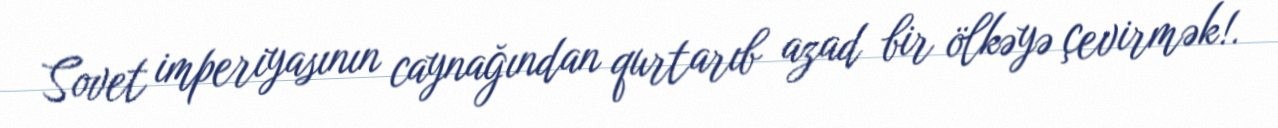
Sovet imperiyasının caynağından qurtarıb azad bir ölkəyə çevirmək!.